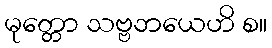
မုတ္တော သဗ္ဗဘယေဟိ စ။